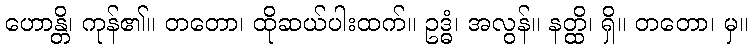
ဟောန္တိ၊ ကုန်၏။ တတော၊ ထိုဆယ်ပါးထက်။ ဥဒ္ဓံ၊ အလွန်။ နတ္ထိ၊ ရှိ။ တတော၊ မှ။